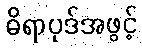
ဓိရာပုဒ်အဖွင့်